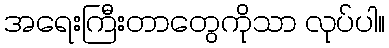
အရေးကြီးတာတွေကိုသာ လုပ်ပါ။